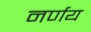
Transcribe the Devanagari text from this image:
नर्णय